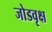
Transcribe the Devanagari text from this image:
जोडवृक्ष